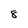
Character: 8